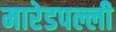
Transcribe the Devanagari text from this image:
मारेडपल्ली